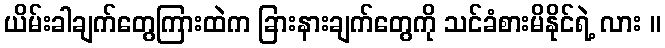
ယိမ်းခါချက်တွေကြားထဲက ခြားနားချက်တွေကို သင်ခံစားမိနိုင်ရဲ့ လား ။